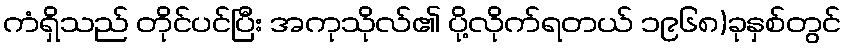
ကံရှိသည် တိုင်ပင်ပြီး အကုသိုလ်၏ ပို့လိုက်ရတယ် ၁၉၆၈)ခုနှစ်တွင်